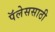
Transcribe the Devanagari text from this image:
पॅलेससाठी